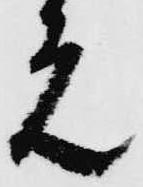
元